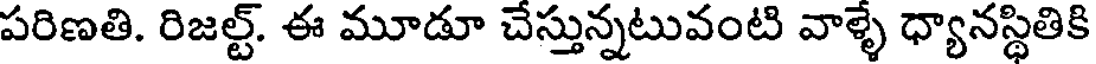
పరిణతి. రిజల్ట్. ఈ మూడూ చేస్తున్నటువంటి వాళ్ళే ధ్యానస్థితికి